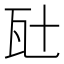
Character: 瓧